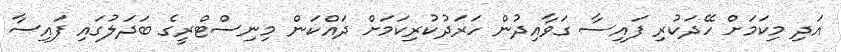
އަދި މިކަމަށް ހޭދަކުރި ފައިސާ ގަވާއިދުން ހަރަދުކުރިކަމަށް ދައްކަން މިނިސްޓްރީގެ ބަދަލުގައި ފައިސާ